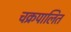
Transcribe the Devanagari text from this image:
चक्रपालित